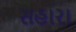
સહારા